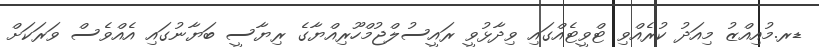
ޑރ.މުއިއްޒު މިއަދު ކުރެއްވި ޓްވީޓެއްގައި ވިދާޅުވީ ރައީސުލްޖުމްހޫރިއްޔާގެ ރިޔާސީ ބަޔާނުގައި އެއްވެސް ވަރަކަށް